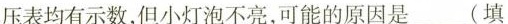
压表均有示数，但小灯泡不亮，可能的原因是___填